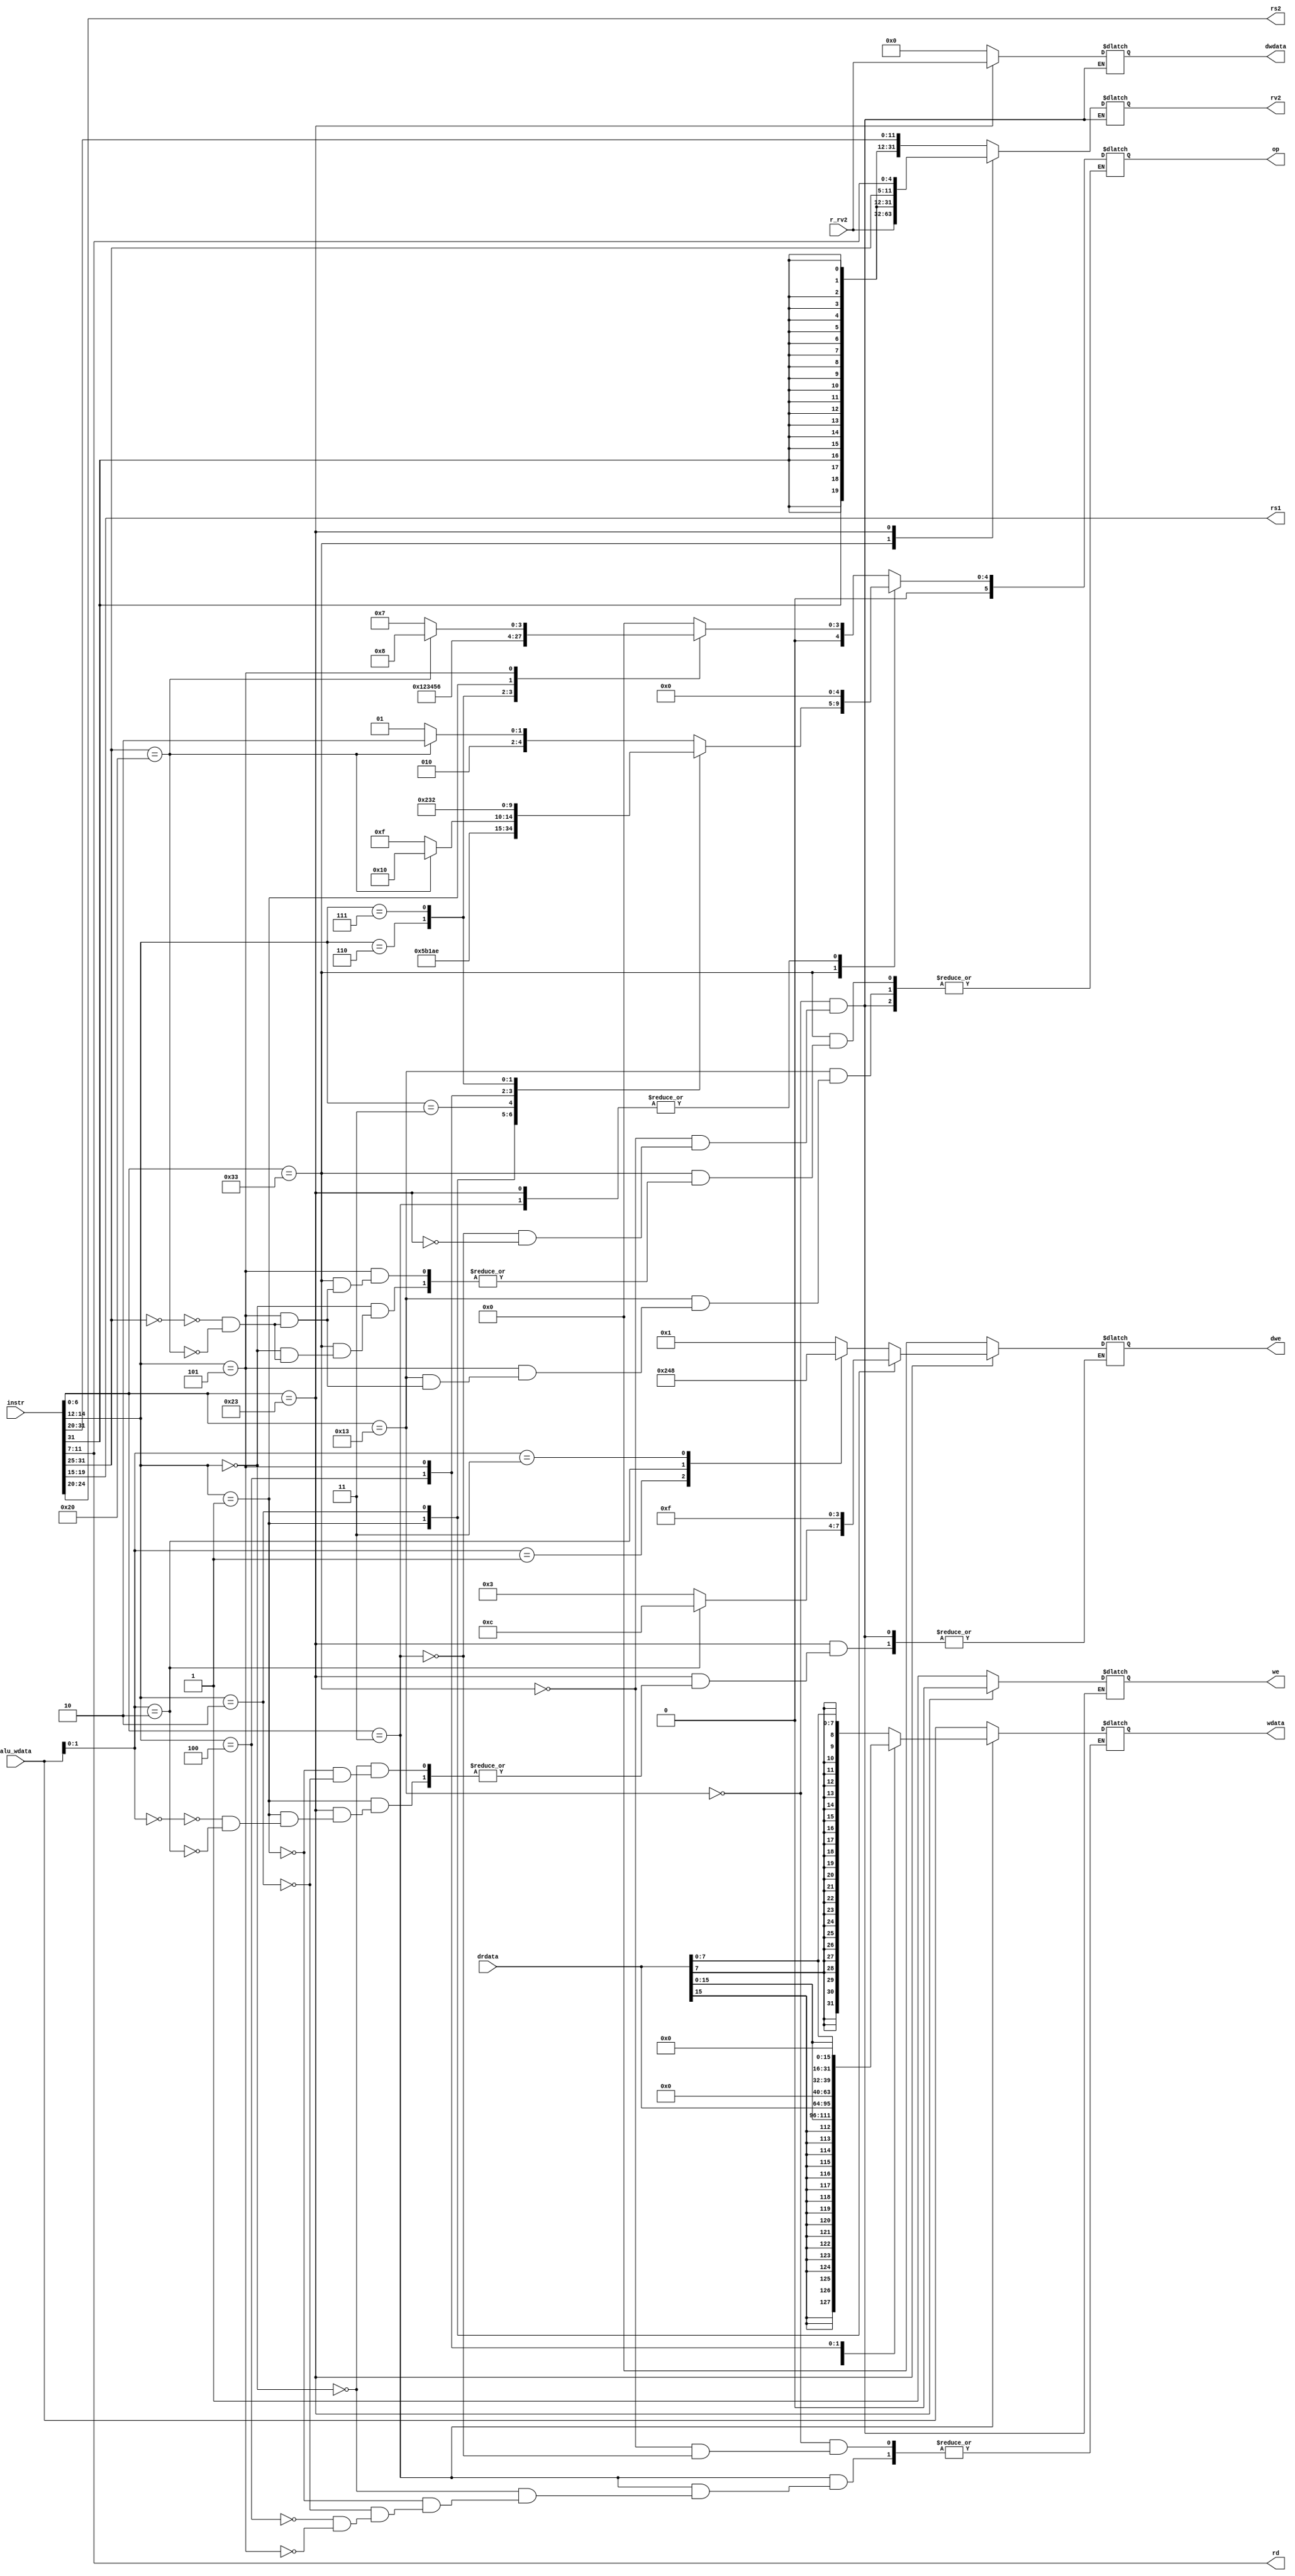
module dummydecoder(
    input [31:0] instr,           // Full 32-bit instruction
    input [31:0] r_rv2,           // Value of Second source register from RegFile
    input [31:0] drdata,          // Data from DMEM
    input [31:0] alu_wdata,       // Output value from ALU
    output [4:0] rs1,             // First source register address
    output [4:0] rs2,             // Second source register address
    output [4:0] rd,              // Destination register address
    output reg [5:0] op,          // Operation encoding [accords to alu32 module]
    output reg [31:0] rv2,        // Second Operand value to ALU
    output reg we,                // Write Enable to RegFile
    output reg [3:0] dwe,         // DMEM write Enable
    output reg [31:0] dwdata,     // Data from register to be written to DMEM (Store)
    output reg [31:0] wdata       // Data to be written in RegFile
);

    always @(instr or r_rv2 or drdata or alu_wdata) begin
        case(instr[6:0])
            //  Register-Immediate Instructions
            7'b0010011: begin
                        rv2 = {{20{instr[31]}},instr[31:20]};   // Second operand value = Immediate (Sign-extended to 32-bits)
                        we = 1;                                 // RegFile Write enabled
                        dwe = 0;                                // DMEM Read mode
                        dwdata = 0;                             // DMEM write data empty 
                        wdata = alu_wdata;                      // RegFile Write data = Output from ALU
                        case(instr[14:12])
                            3'b000: op = 6'b000000;                       //ADDI
                            3'b010: op = 6'b000001;                       //SLTI
                            3'b011: op = 6'b000010;                       //SLTIU
                            3'b100: op = 6'b000011;                       //XORI
                            3'b110: op = 6'b000100;                       //ORI
                            3'b111: op = 6'b000101;                       //ANDI
                            3'b001: op = 6'b000110;                       //SLLI
                            3'b101: begin
                                    case(instr[31:25])
                                        7'b0000000: op = 6'b000111;       //SRLI
                                        7'b0100000: op = 6'b001000;       //SRAI
                                    endcase
                                    end
                        endcase
                        end
            
            // Register-Register Instructions
            7'b0110011: begin
                        rv2 = r_rv2;                            // Second operand value = Second source register value
                        we = 1;                                 // RegFile Write enabled
                        dwe = 0;                                // DMEM Read mode
                        dwdata = 0;                             // DMEM write data empty 
                        wdata = alu_wdata;                      // RegFile Write data = Output from ALU
                        case(instr[14:12])
                            3'b000: begin
                                    case(instr[31:25])
                                        7'b0000000: op = 6'b001001;       //ADD
                                        7'b0100000: op = 6'b001010;       //SUB
                                    endcase
                                    end
                            3'b001: op = 6'b001011;                       //SLL
                            3'b010: op = 6'b001100;                       //SLT
                            3'b011: op = 6'b001101;                       //SLTU
                            3'b100: op = 6'b001110;                       //XOR
                            3'b101: begin
                                    case(instr[31:25])
                                        7'b0000000: op = 6'b001111;       //SRL
                                        7'b0100000: op = 6'b010000;       //SRA
                                    endcase
                                    end
                            3'b110: op = 6'b010001;                       //OR
                            3'b111: op = 6'b010010;                       //AND
                        endcase
                        end
            
            // Load Instructions
            7'b0000011: begin
                        rv2 = {{20{instr[31]}},instr[31:20]};              // Second operand value = Immediate (Sign-extended to 32-bits) 
                        we = 1;                                            // RegFile Write enabled
                        dwe = 0;                                           // DMEM Read mode
                        dwdata = 0;                                        // DMEM write data empty 
                        op = 6'b000000;                                    // Operation ADD
                        case(instr[14:12])
                            3'b000: wdata = {{24{drdata[7]}}, drdata[7:0]};              //LB
                            3'b001: wdata = {{16{drdata[15]}}, drdata[15:0]};            //LH
                            3'b010: wdata = drdata;                                      //LW
                            3'b100: wdata = {{24{1'b0}}, drdata[7:0]};                   //LBU
                            3'b101: wdata = {{16{1'b0}}, drdata[15:0]};                  //LHU
                        endcase
                        end
            
            // Store Instructions
            7'b0100011: begin
                        rv2 = {{20{instr[31]}},instr[31:25],instr[11:7]};  // Second operand value = Immediate (Sign-extended to 32-bits) 
                        dwdata = r_rv2;                                    // DMEM write data = Second source register value
                        we = 0;                                            // RegFile Read mode
                        op = 6'b000000;                                    // Operation ADD
                        case(instr[14:12])
                            3'b000: begin                                                //SB
                                    case(alu_wdata[1:0])
                                        2'b00: dwe = 4'b0001;
                                        2'b01: dwe = 4'b0010;
                                        2'b10: dwe = 4'b0100;
                                        2'b11: dwe = 4'b1000;
                                    endcase
                                    end
                            3'b001: begin                                                //SH
                                    case(alu_wdata[1:0])
                                        2'b00: dwe = 4'b0011;
                                        2'b10: dwe = 4'b1100;
                                    endcase
                                    end
                            3'b010: dwe = 4'b1111;                                       //SW
                        endcase
                        end          
        endcase
        end
      assign rs2 = instr[24:20];
      assign rs1 = instr[19:15];
      assign rd = instr[11:7];
   
endmodule